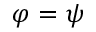
\varphi = \psi